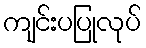
ကျင်းပပြုလုပ်